Annual report on the lock hospitals of the Madras Presidency
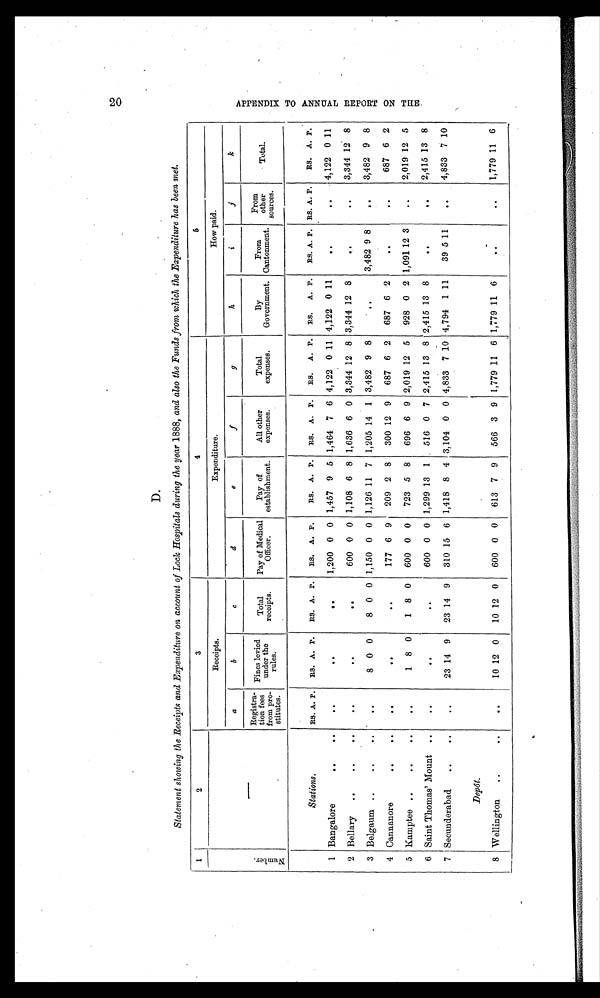
D .
Statement showing the Receipts and Expenditure on account of Lock Hospitals during the year 1888, and also the Funds from which the Expenditure has been met.
1
2
3
4
5
N u m b e r .
—
Receipts.
Expenditure.
How paid.
a
b
c
d
e
f
g
h
i
j
k
Registra-
tion fees
from pro-
stitutes.
Fines levied
under the
rules.
Total
receipts.
Pay of Medical
Officer.
Pay of
establishment.
All o t h e r
expenses.
Total
expenses.
By
Government.
From
Cantonment.
From
other
sources.
Total.
Stations.
RS. A. P. RS. A. P. RS. A. P. RS. A. P.
RS. A. P. RS. A. P. RS. A. P. RS. A. P. RS. A. P. RS. A. P. RS. A. P.
1 Bangalore
..
..
. . . . . .
. . ..
. .
. . ..
. . 1,200 0 0 1,457 9 5 1,464 7 6 4,122 0 11 4,122 0 11
.. .. . .
. .
.. . . 4,122 0 11
2 Bellary ..
..
..
. . . . . .
. . ..
. .
. . ..
. . 600 0 0 1,108 6 8 1,636 6 0 3,344 12 8 3,344 12 8
. .
.. . .
. .
.. . . 3,344 12 8
3 Belgaum ..
..
..
. . . .
.. . . 8 0 0
8 0 0 1,150 0 0 1,126 11 7 1,205 14 1 3,482 9 8
. . . . . . 3,482 9 8
. .
.. . . 3,482 9 8
4 Cannanore
..
. .
. . . . . .
. . ..
. .
. .
..
. . 177 6 9 209 2 8 300 12 9 687 6 2 687 6 2
.. .. . .
. . . . . . 687 6 2
5 Kamptee ..
..
..
. .
.. . . 1 8 0
1 8 0 600 0 0 723 5 8 696 6 9 2,019 12 5 928 0 2 1,091 12 3
. .
.. . . 2,019 12 5
6 Saint Thomas' Mount ..
. .
.. . .
. .
..
. .
. .
..
. . 600 0 0 1,299 13 1 516 0 7 2,415 13 8 2,415 13 8
. . ..
. .
. .
.. . . 2,415 13 8
7 Secunderabad
..
..
. .
.. . . 23 14 9 23 14 9 310 15 6 1,418 8 4 3,104 0 0 4,833 7 10 4,794 1 11
39 5 11
. ... . . 4,833 7 10
Depôt.
Wellington ..
. .
. . . . . . 10 12 0 10 12 0 600 0 0 613 7 9 566 3 9 1,779 11 6 1,779 11 6
. ...
. . . . . . . . . 1,779 11 6
A P P E N D I X T O A N N U A L R E P O R T O N T H E